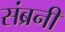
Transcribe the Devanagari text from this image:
संब्रनी